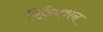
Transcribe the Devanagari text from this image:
रिफ़्रैक्शन